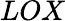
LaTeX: LOX